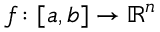
f \colon [ a , b ] \to \mathbb { R } ^ { n }